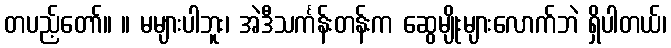
တပည့်တော်။ ။ မများပါဘူး၊ အဲဒီသင်္ကန်းတန်းက ဆွေမျိုးများလောက်ဘဲ ရှိပါတယ်၊